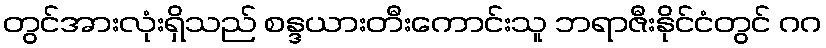
တွင်အားလုံးရှိသည် စန္ဒယားတီးကောင်းသူ ဘရာဇီးနိုင်ငံတွင် ဂဂ